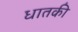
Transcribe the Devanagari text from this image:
धातकी